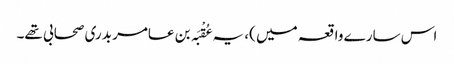
اس سارے واقعہ میں )، یہ عُقْبَہ بن عامر بدری صحابی تھے۔